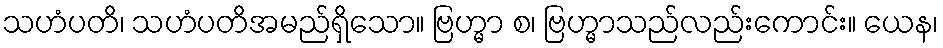
သဟံပတိ၊ သဟံပတိအမည်ရှိသော။ ဗြဟ္မာ စ၊ ဗြဟ္မာသည်လည်းကောင်း။ ယေန၊